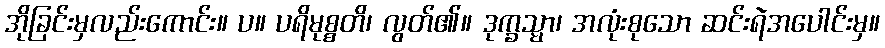
အိုခြင်းမှလည်းကောင်း။ ပ။ ပရိမုစ္စတိ၊ လွတ်၏။ ဒုက္ခသ္မာ၊ အလုံးစုသော ဆင်းရဲအပေါင်းမှ။